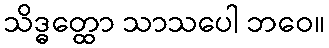
သိဒ္ဓတ္ထော သာသပေါ ဘဝေ။